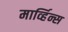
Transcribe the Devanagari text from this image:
मार्व्हिन्स